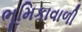
ભૂમિકાવાળી